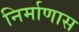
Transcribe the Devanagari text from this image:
निर्माणास